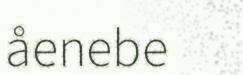
åenebe